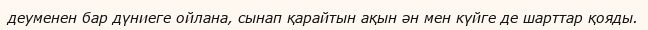
деуменен бар дүниеге ойлана, сынап қарайтын ақын ән мен күйге де шарттар қояды.